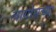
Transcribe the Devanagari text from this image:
लागोसच्या